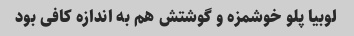
لوبیا پلو خوشمزه و گوشتش هم به اندازه کافی بود